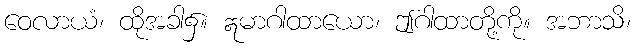
ဝေလာယံ၊ ထိုအခါ၌။ ဣမာဂါထာယော၊ ဤဂါထာတို့ကို။ အဘာသိ၊